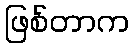
ဖြစ်တာက